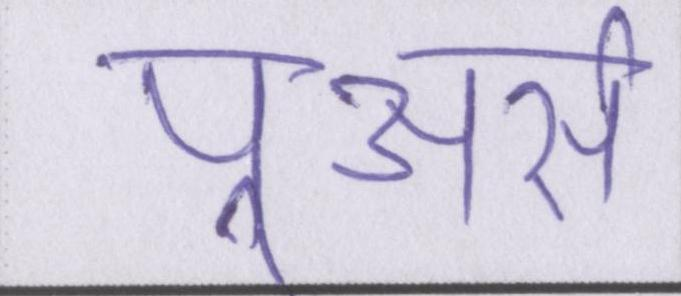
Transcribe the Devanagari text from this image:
पूअर्स